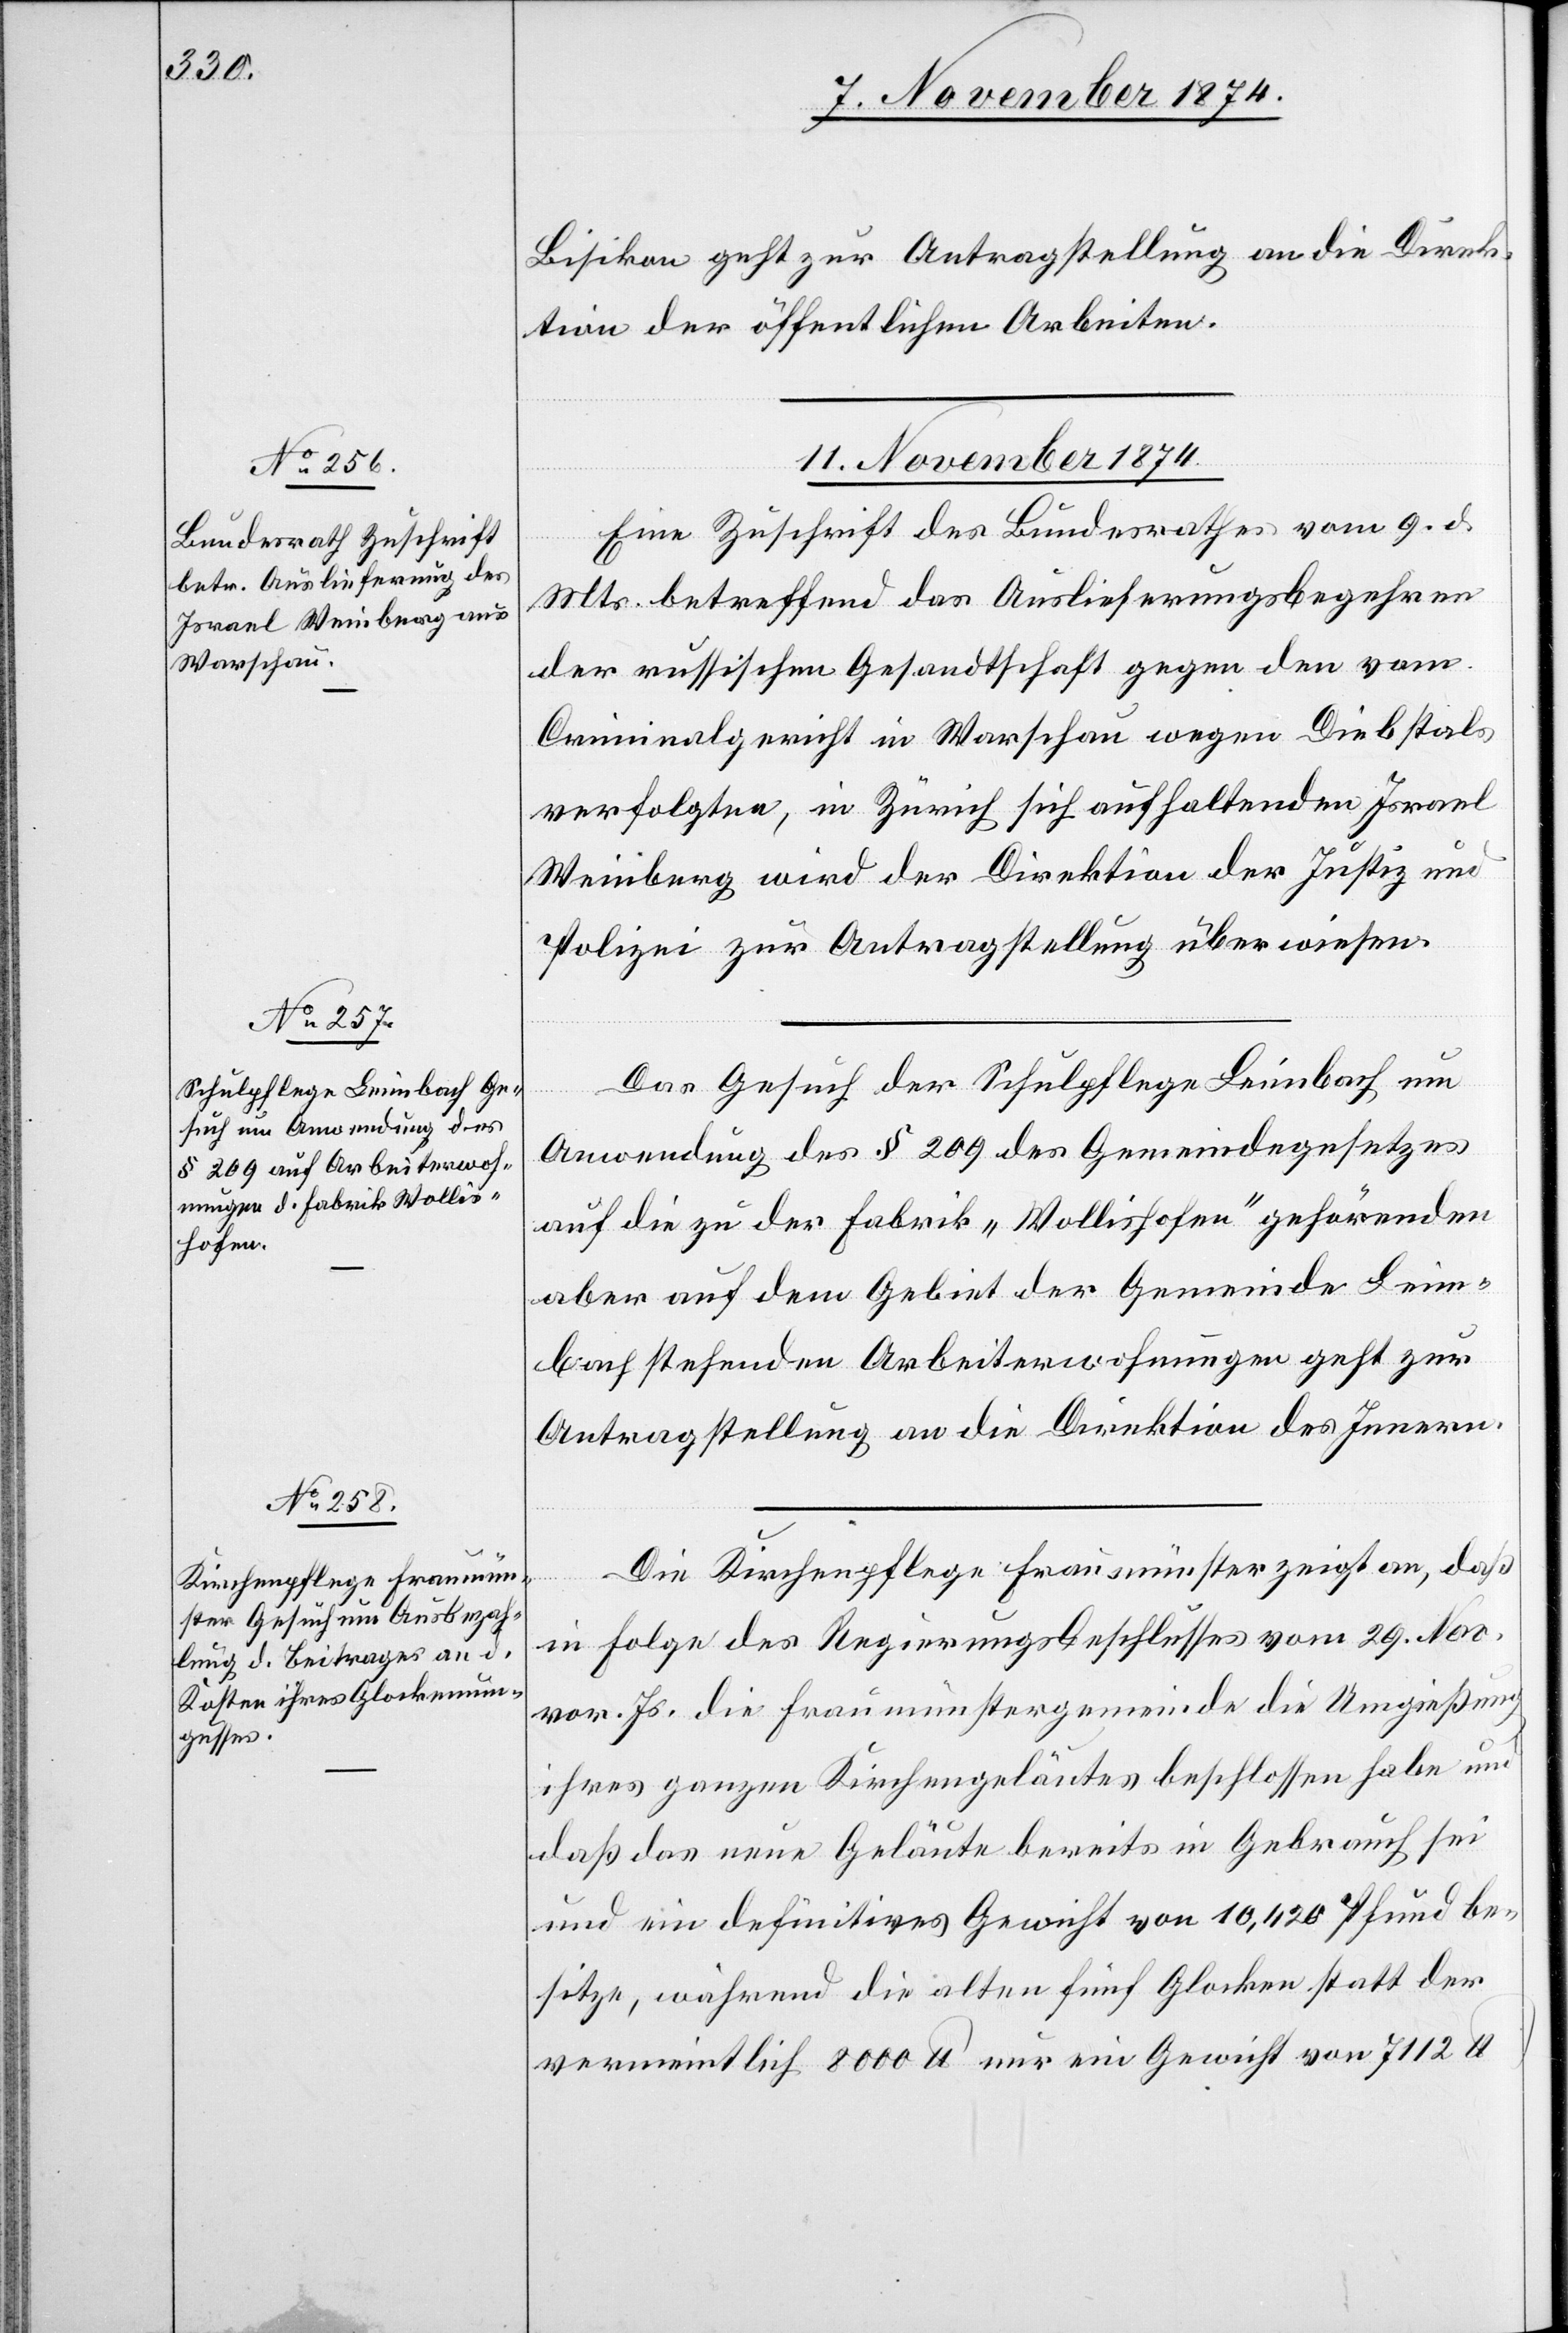
Bisikon geht zur Antragstellung an die Direk¬
tion der öffentlichen Arbeiten.
11. November 1874.]
Eine Zuschrift des Bundesrathes vom 9. d.
Mts. betreffend das Auslieferungsbegehren
der russischen Gesandtschaft gegen den vom
Criminalgericht in Warschau wegen Diebstals
verfolgten, in Zürich sich aufhaltenden Israel
Weinberg wird der Direktion der Justiz und
Polizei zur Antragstellung überwiesen.
Das Gesuch der Schulpflege Leimbach um
Anwendung des § 209 des Gemeindegesetzes
auf die zu der Fabrik „Wollishofen“ gehörenden
aber auf dem Gebiet der Gemeinde Leim¬
bach stehenden Arbeiterwohnungen geht zur
Antragstellung an die Direktion des Innern.
Die Kirchenpflege Fraumünster zeigt an, daß
in Folge des Regierungsbeschlusses vom 29. Nov.
vor. Js. die Fraumünstergemeinde die Umgießung
ihres ganzen Kirchengeläutes beschlossen habe und
daß das neue Geläute bereits in Gebrauch sei
und ein definitives Gewicht von 10,420 Pfund be¬
sitze, während die alten fünf Glocken statt der
vermeintlich 8000 lb. nur ein Gewicht von 7112 lb.